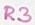
Text: R3